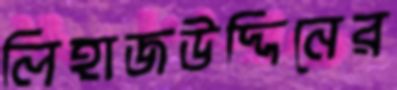
লিহাজউদ্দিনের